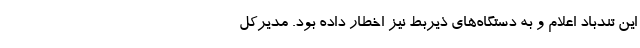
این تندباد اعلام و به دستگاه‌های ذیربط نیز اخطار داده بود. مدیرکل